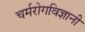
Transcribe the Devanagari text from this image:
चर्मरोगविज्ञानी